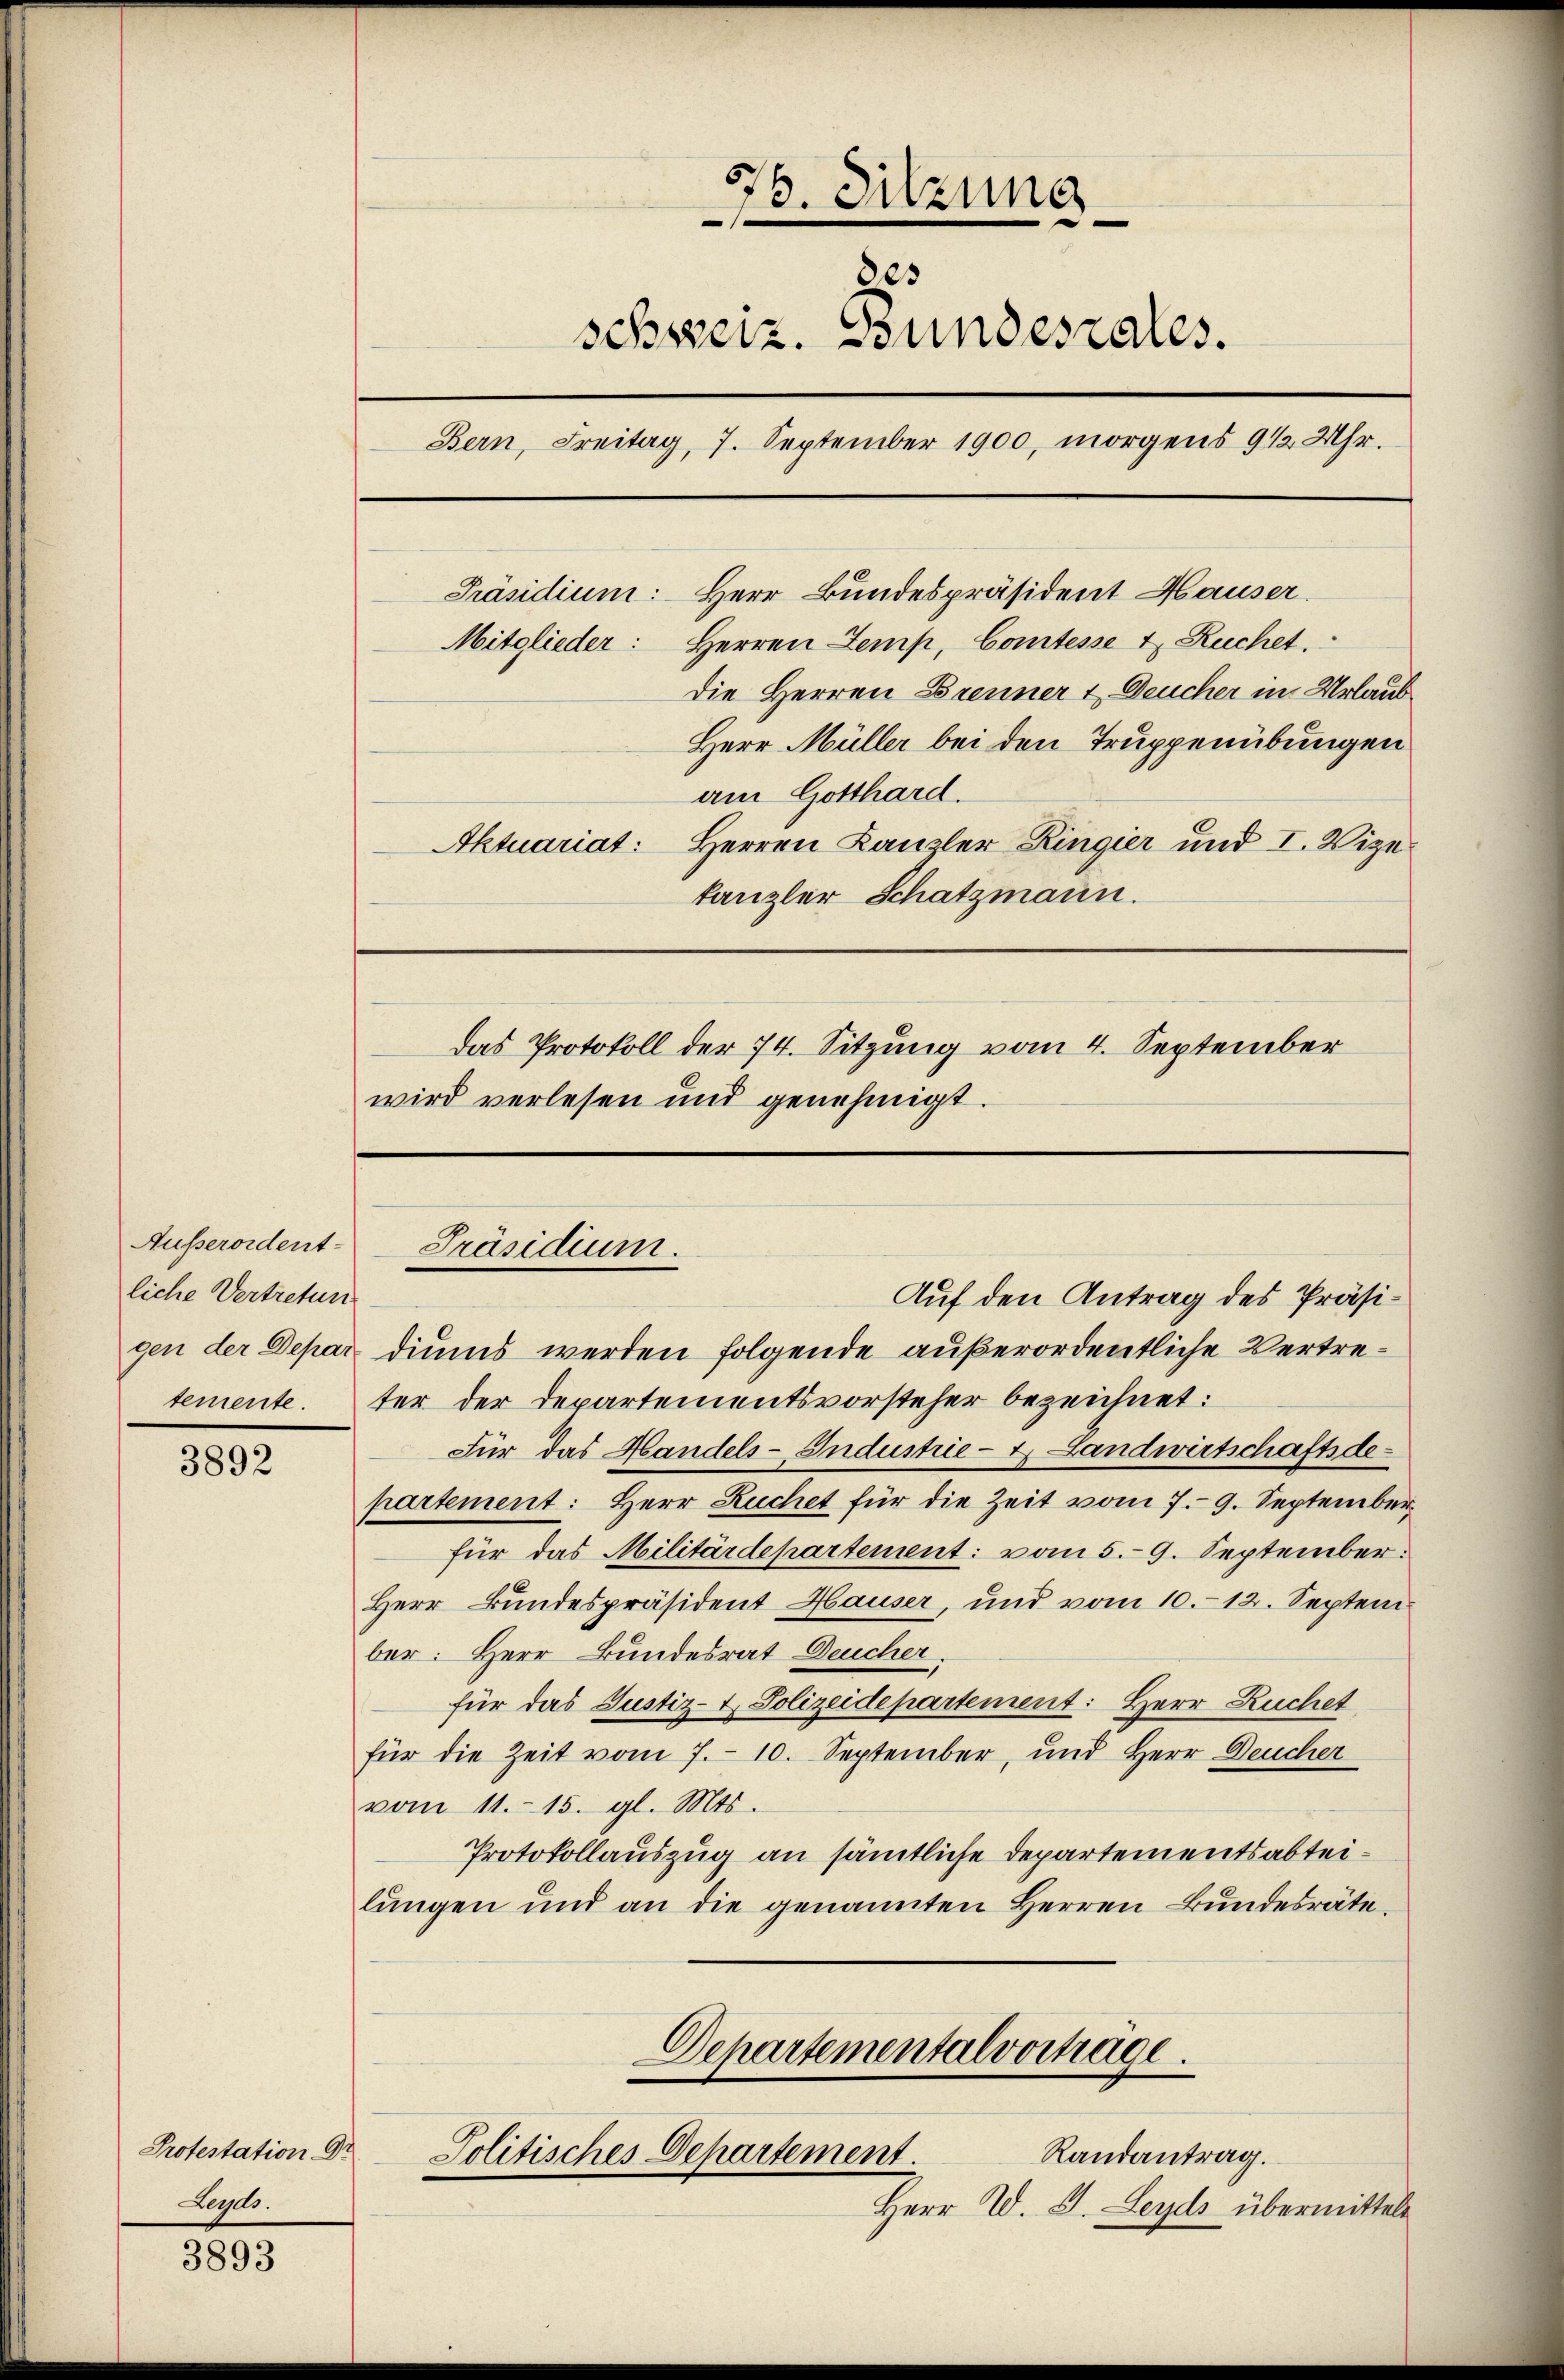
Ausserordent-
liche Vertretun

3892

Protestation Or
Leyds

3893

776. Sitzung
des
schweiz. Bundesrates.
Bern, Freitag, 7. September 1900, morgens 9 1/2 Uhr.
Präsidium: Herr Bundespräsident Hauser.
Mitglieder: Herren Zemp, Comtesse 4 Ruchet.
Die Herren Brenner & Deucher in Urlaub¬

Das Protokoll der 74. Sitzung vom 4. September
wird verlesen und genehmigt.

Herr Müller bei den Truppenübungen
am Gotthard.
Aktuariat: Herren Kanzler Ringier und I. Vizetanzler Schatzmann.

Präsidium.

Auf den Antrag des Präsigen der Depar diums werden folgende außerordentliche Vertretementeter der Departementsvorsteher bezeichnet:
Für das Handels-Industrie- & Landwirtschaftsdepartement: Herr Ruchet für die Zeit vom 7. 9. September
für das Militärdepartement: vom 5. 9. September.
Herr Bundespräsident Hauser, und vom 10.12. September: Herr Bundesrat Deucher.
für das Justiz- & Polizeidepartement: Herr Ruchet
für die Zeit vom 7. 10. September, und Herr Deucher
vom 11. 15. gl. Mts.
Protokollauszug an sämtliche Departementsabteilŭngen und an die genannten Herren Bŭndesräte.
Departementalvortrage.
Randantrag.
Politisches Departement.
Herr D. J. Leyds übermitteln